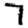
Digit: 7